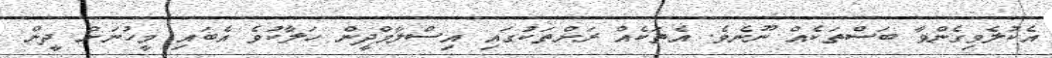
އެކުލެވިގެންވާ ބަސްތަކެއް ނޫނެވެ. އެތަކެއް ރަށްތަކުގައި އިސްލާމްދީން ހަލާކުވެ އެބައި މީހުނަށް ދީން